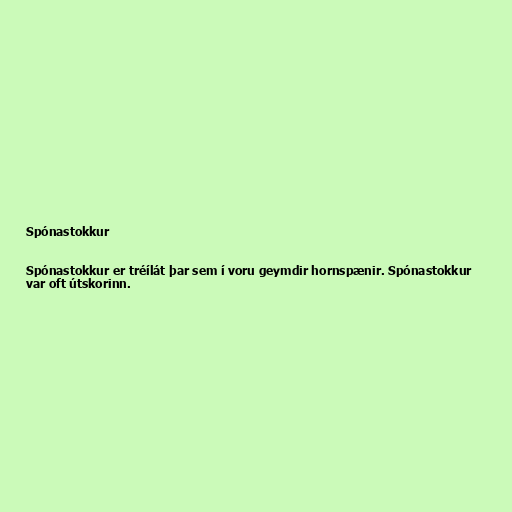
Spónastokkur

Spónastokkur er tréílát þar sem í voru geymdir hornspænir. Spónastokkur
var oft útskorinn.